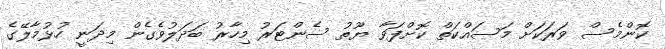
ކޮންމެސް ވަރަކަށް މަސައްކަތް ކޮށްފަވާ ޔޫތު ސެންޓަރު މިހާރު ބަދަލުވެގެން މިދަނީ ހުޅުމާލޭގެ